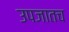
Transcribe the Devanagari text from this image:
उपजातच